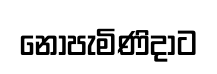
නොපැමිණිදාට